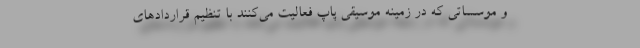
و موسساتی که در زمینه موسیقی پاپ فعالیت می‌کنند با تنظیم قراردادهای